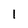
Character: 1